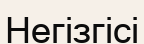
Негізгісі